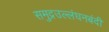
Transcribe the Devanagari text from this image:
समुद्रउल्लंघनबंदी